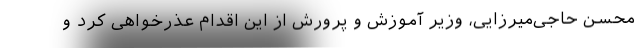
محسن حاجی‌میرزایی، وزیر آموزش و پرورش از این اقدام عذرخواهی کرد و